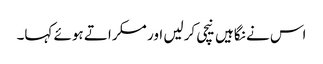
اس نے نگاہیں نیچی کرلیں اور مسکراتے ہوئے کہا۔